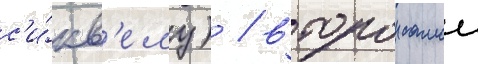
с'и́кв'елу) / второи самои